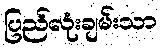
ပြည်လုံးချမ်းသာ